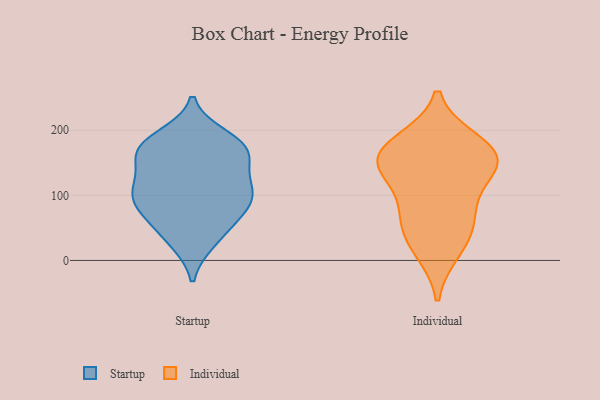
{"axis": {"x": "Humidity (%)", "y": "Value"}, "legend": ["Individual", "Startup"], "data": [{"x": "", "y": 190, "type": "Startup"}, {"x": "", "y": 67, "type": "Startup"}, {"x": "", "y": 166, "type": "Startup"}, {"x": "", "y": 166, "type": "Startup"}, {"x": "", "y": 113, "type": "Startup"}, {"x": "", "y": 102, "type": "Startup"}, {"x": "", "y": 75, "type": "Startup"}, {"x": "", "y": 125, "type": "Startup"}, {"x": "", "y": 182, "type": "Startup"}, {"x": "", "y": 100, "type": "Startup"}, {"x": "", "y": 65, "type": "Startup"}, {"x": "", "y": 96, "type": "Startup"}, {"x": "", "y": 107, "type": "Startup"}, {"x": "", "y": 153, "type": "Startup"}, {"x": "", "y": 29, "type": "Startup"}, {"x": "", "y": 168, "type": "Startup"}, {"x": "", "y": 175, "type": "Startup"}, {"x": "", "y": 32, "type": "Startup"}, {"x": "", "y": 38, "type": "Individual"}, {"x": "", "y": 17, "type": "Individual"}, {"x": "", "y": 156, "type": "Individual"}, {"x": "", "y": 150, "type": "Individual"}, {"x": "", "y": 73, "type": "Individual"}, {"x": "", "y": 77, "type": "Individual"}, {"x": "", "y": 181, "type": "Individual"}, {"x": "", "y": 172, "type": "Individual"}, {"x": "", "y": 147, "type": "Individual"}, {"x": "", "y": 141, "type": "Individual"}]}